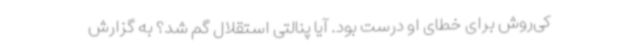
کی‌روش برای خطای او درست بود. آیا پنالتی استقلال گم شد؟ به گزارش